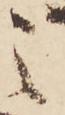
之